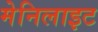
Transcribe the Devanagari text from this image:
मेनिलाइट